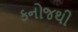
કનોજથી